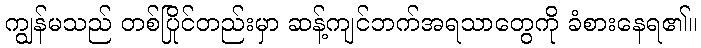
ကျွန်မသည် တစ်ပြိုင်တည်းမှာ ဆန့်ကျင်ဘက်အရသာတွေကို ခံစားနေရ၏။